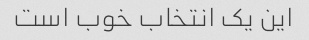
این یک انتخاب خوب است